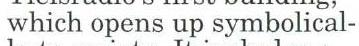
which opens up symbolical-